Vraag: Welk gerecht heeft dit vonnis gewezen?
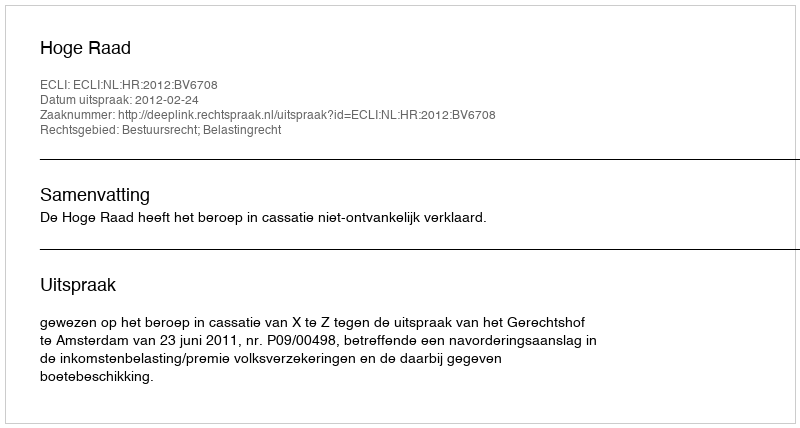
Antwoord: Hoge Raad